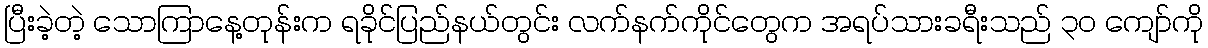
ပြီးခဲ့တဲ့ သောကြာနေ့တုန်းက ရခိုင်ပြည်နယ်တွင်း လက်နက်ကိုင်တွေက အရပ်သားခရီးသည် ၃၀ ကျော်ကို